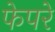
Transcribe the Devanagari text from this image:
फेपरे